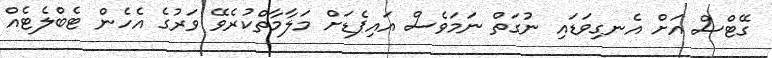
ގޭޓްސް އަށް އެނގިވަޑައި ނުގަތް ނަމަވެސް އައިޕެޑަށް މަލާމާތްކުރެވޭ ވަރުގެ އެހެން ޓެބްލެޓެއް